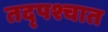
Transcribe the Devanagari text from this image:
तद्पश्चात